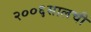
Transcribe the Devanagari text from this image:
२००६सालची